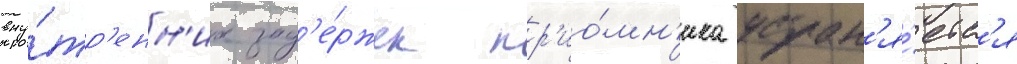
вну́тр'енн'их зад'е́ржек пр'ио́мн'ика устран'я́етс'я